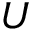
U